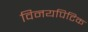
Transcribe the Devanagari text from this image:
विनयपिटिक